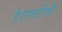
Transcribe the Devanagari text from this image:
है।एनटीवी